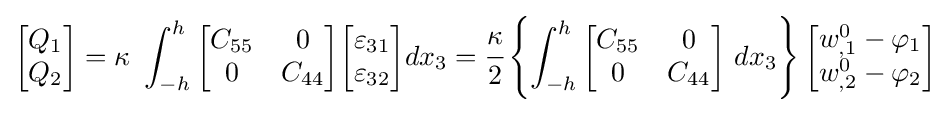
{\begin{bmatrix}Q_{1}\\Q_{2}\end{bmatrix}}=\kappa ~\int _{-h}^{h}{\begin{bmatrix}C_{55}&0\\0&C_{44}\end{bmatrix}}{\begin{bmatrix}\varepsilon _{31}\\\varepsilon _{32}\end{bmatrix}}dx_{3}={\cfrac {\kappa }{2}}\left\{\int _{-h}^{h}{\begin{bmatrix}C_{55}&0\\0&C_{44}\end{bmatrix}}~dx_{3}\right\}{\begin{bmatrix}w_{,1}^{0}-\varphi _{1}\\w_{,2}^{0}-\varphi _{2}\end{bmatrix}}